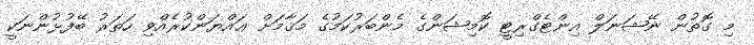
މި ގޮތުން ނޭޝަނަލް އިންޓެގްރިޓީ ކޮމިޝަންގެ މެންބަރުކަމުގެ މަޤާމަށް ޢައްޔަންކުރެއްވި ހަތަރު ބޭފުޅުންނަކީ